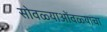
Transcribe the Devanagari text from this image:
सोवळ्याओंवळ्याचा